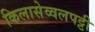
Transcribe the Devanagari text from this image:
किलासेव्वलपट्टी